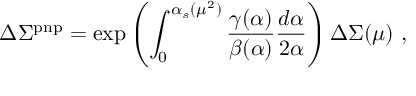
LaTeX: \Delta \Sigma ^ { \mathrm { p n p } } = \exp \left( \int _ { 0 } ^ { \alpha _ { s } ( \mu ^ { 2 } ) } { \frac { \gamma ( \alpha ) } { \beta ( \alpha ) } } { \frac { d \alpha } { 2 \alpha } } \right) \Delta \Sigma ( \mu ) \ ,